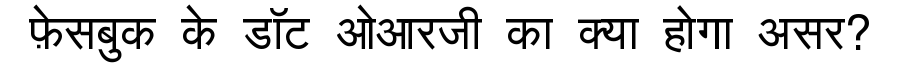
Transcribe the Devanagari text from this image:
फ़ेसबुक के डॉट ओआरजी का क्या होगा असर?